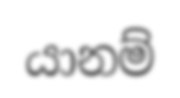
යානම්